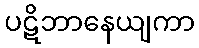
ပဋိဘာနေယျကာ